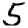
Digit: 5